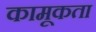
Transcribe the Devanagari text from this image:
कामूकता